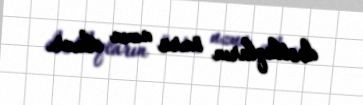
dostluqların ömrü uzun olmur.